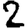
Digit: 2